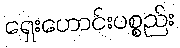
ရှေးဟောင်းပစ္စည်း